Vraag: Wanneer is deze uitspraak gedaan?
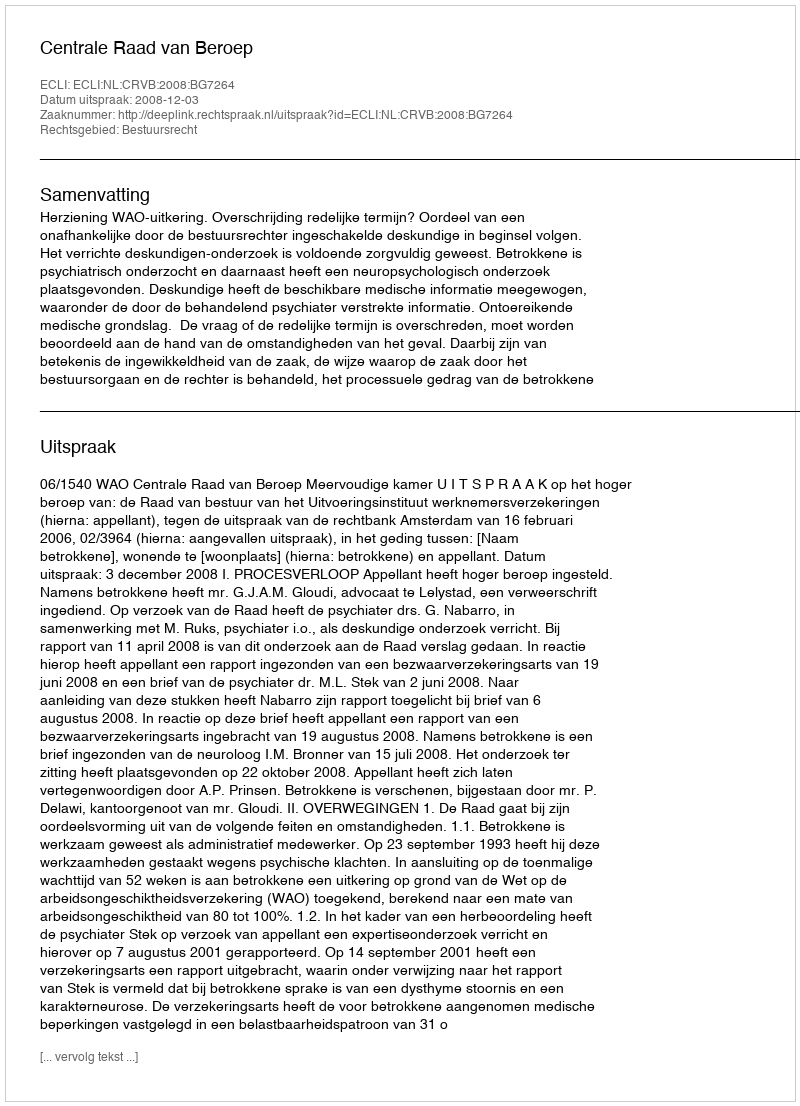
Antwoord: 2008-12-03